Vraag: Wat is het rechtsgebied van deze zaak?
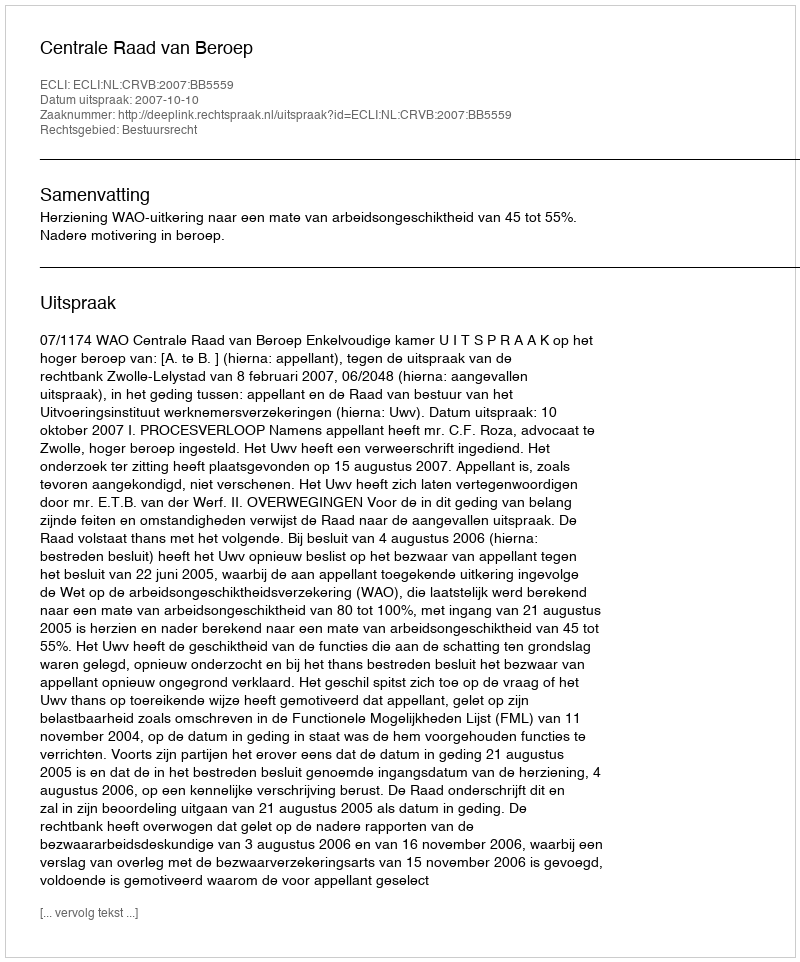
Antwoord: Bestuursrecht